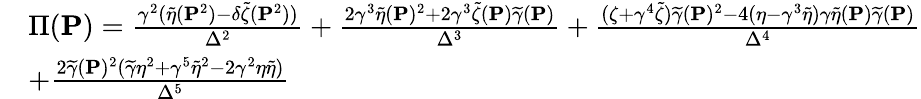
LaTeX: \begin{array}{rl}&{\Pi({\mathbf{P}})=\frac{\gamma^{2}(\widetilde{\eta}({\mathbf{P}}^{2})-\delta\widetilde{\zeta}({\mathbf{P}}^{2}))}{\Delta^{2}}+\frac{2\gamma^{3}\widetilde{\eta}({\mathbf{P}})^{2}+2\gamma^{3}\widetilde{\zeta}({\mathbf{P}})\widetilde{\gamma}({\mathbf{P}})}{\Delta^{3}}+\frac{(\zeta+\gamma^{4}\widetilde{\zeta})\widetilde{\gamma}({\mathbf{P}})^{2}-4(\eta-\gamma^{3}\widetilde{\eta})\gamma\widetilde{\eta}({\mathbf{P}})\widetilde{\gamma}({\mathbf{P}})}{\Delta^{4}}}\\ &{+\frac{2\widetilde{\gamma}({\mathbf{P}})^{2}(\widetilde{\gamma}\eta^{2}+\gamma^{5}\widetilde{\eta}^{2}-2\gamma^{2}\eta\widetilde{\eta})}{\Delta^{5}}}\end{array}